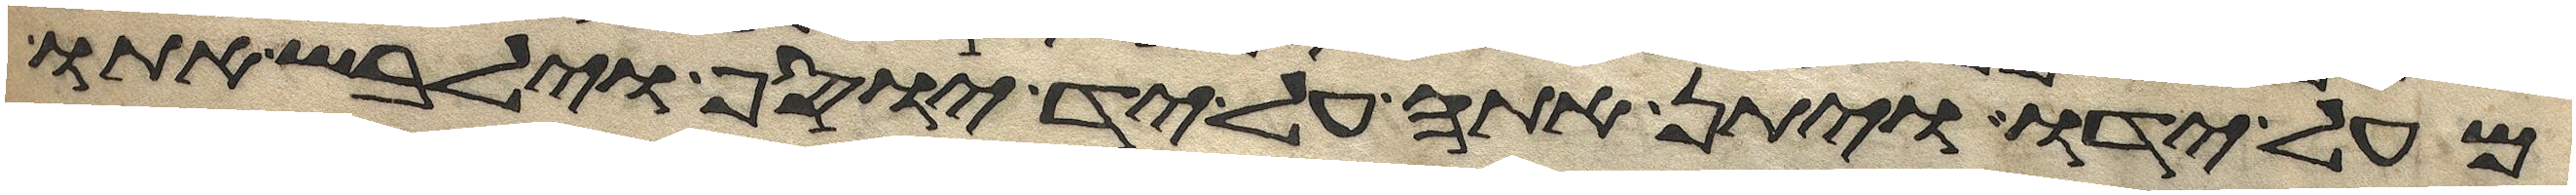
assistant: מעל ידו ויתן אתה על יד יוסף וילבש אתו